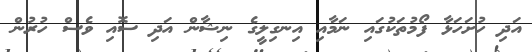
އަދި ހުށަހަޅާ ފޯމުތަކުގައި ނަމާއި އިނގިލީގެ ނިޝާން އަދި ސޮއި ވެސް ހުރުން